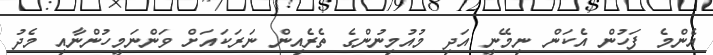
އެންމެ ފަހުން އެކަން ނިމޭނީ އަދި މުއުމިނުންގެ ތެރެއިން ނަރަކައަށް ވަންނަމީހުންނާއި މެދު